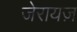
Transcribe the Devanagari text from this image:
जेरायज़